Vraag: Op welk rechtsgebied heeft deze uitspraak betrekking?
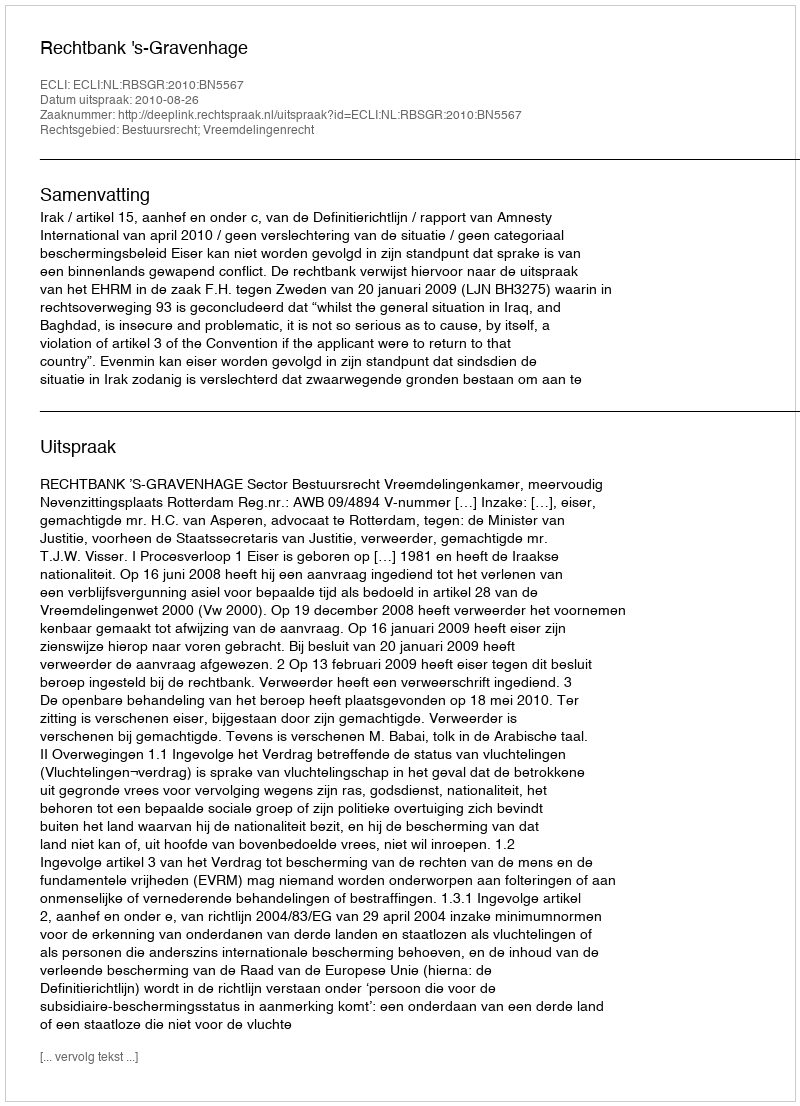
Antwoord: Bestuursrecht; Vreemdelingenrecht